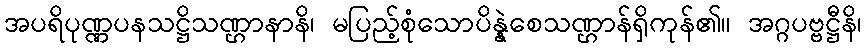
အပရိပုဏ္ဏပနသဋ္ဌိသဏ္ဌာနာနိ၊ မပြည့်စုံသောပိန္နဲစေသဏ္ဌာန်ရှိကုန်၏။ အဂ္ဂပဗ္ဗဋ္ဌီနိ၊